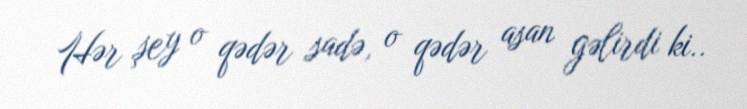
Hər şey o qədər sadə, o qədər asan gəlirdi ki..